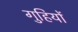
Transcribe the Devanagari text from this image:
गुहियों